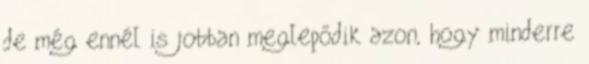
de még ennél is jobban meglepődik azon, hogy minderre